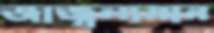
জাজ্বল্যমান